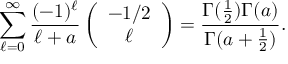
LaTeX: \sum _ { \ell = 0 } ^ { \infty } { \frac { ( - 1 ) ^ { \ell } } { \ell + a } } \left( \begin{array} { c } { { - 1 / 2 } } \\ { { \ell } } \end{array} \right) = { \frac { \Gamma ( { \frac { 1 } { 2 } } ) \Gamma ( a ) } { \Gamma ( a + { \frac { 1 } { 2 } } ) } } .